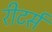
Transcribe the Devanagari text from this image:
रीटर्स